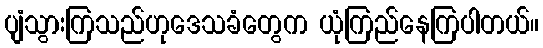
ပျံသွားကြသည်ဟုဒေသခံတွေက ယုံကြည်နေကြပါတယ်။